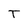
Character: T